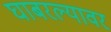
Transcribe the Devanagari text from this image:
घाबरल्यावर